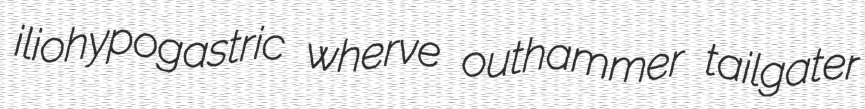
iliohypogastric wherve outhammer tailgater